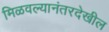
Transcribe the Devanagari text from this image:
मिळवल्यानंतरदेखील